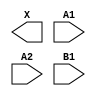
module sky130_fd_sc_hvl__a21o (
    X ,
    A1,
    A2,
    B1
);

    output X ;
    input  A1;
    input  A2;
    input  B1;

    // Voltage supply signals
    supply1 VPWR;
    supply0 VGND;
    supply1 VPB ;
    supply0 VNB ;

endmodule